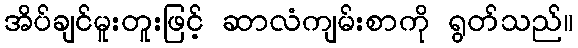
အိပ်ချင်မူးတူးဖြင့် ဆာလံကျမ်းစာကို ရွတ်သည်။